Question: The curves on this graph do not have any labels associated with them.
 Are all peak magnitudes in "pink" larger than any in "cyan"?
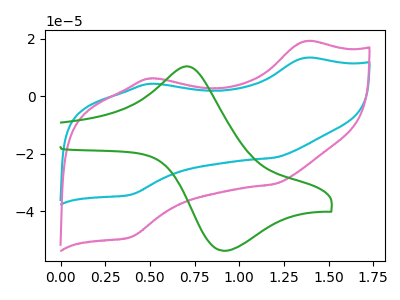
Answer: <think>The cyan curve "cyan" has anodic peaks at (1.35V, 13.35uA) (0.50V, 4.30uA) and cathodic peaks at (1.20V, -21.35uA) (0.40V, -34.25uA). The pink curve "pink" has anodic peaks at (1.35V, 19.10uA) (0.50V, 6.20uA) and cathodic peaks at (1.20V, -30.60uA) (0.40V, -49.05uA). The green curve "green" has an anodic peak at (0.75V, 10.25uA) and a cathodic peak at (0.90V, -53.75uA).</think>
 <answer>Every peak in "pink" is higher than every peak in "cyan".</answer>
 <eval>higher</eval>